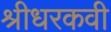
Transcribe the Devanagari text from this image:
श्रीधरकवी